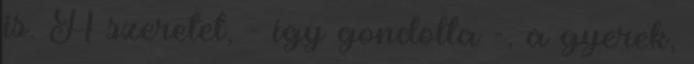
is. A szeretet, - így gondolta -, a gyerek,